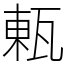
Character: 㼯